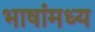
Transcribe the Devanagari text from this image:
भाषांमध्य